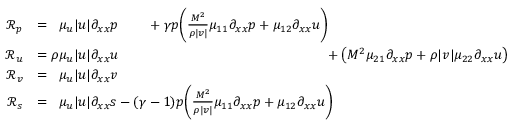
\begin{array} { r l } { \mathcal { R } _ { p } } & { = \phantom { \rho } \mu _ { u } | u | \partial _ { x x } p \phantom { ( - 1 ) } + \gamma p \bigg ( \frac { M ^ { \- 2 } } { \rho | v | } \mu _ { 1 1 } \partial _ { x x } p + \mu _ { 1 2 } \partial _ { x x } u \bigg ) \phantom { + \big ( M ^ { \- 2 } \mu _ { 2 1 } \partial _ { x x } p + \rho | v | \mu _ { 2 2 } \partial _ { x x } u \big ) } } \\ { \mathcal { R } _ { u } } & { = \rho \mu _ { u } | u | \partial _ { x x } u \phantom { + ( \gamma - 1 ) p \big ( \frac { M ^ { \- 2 } } { \rho | v | } \mu _ { 1 1 } \partial _ { x x } p + \mu _ { 1 2 } \partial _ { x x } u \big ) } + \big ( M ^ { \- 2 } \mu _ { 2 1 } \partial _ { x x } p + \rho | v | \mu _ { 2 2 } \partial _ { x x } u \big ) } \\ { \mathcal { R } _ { v } } & { = \phantom { \rho } \mu _ { u } | u | \partial _ { x x } v } \\ { \mathcal { R } _ { s } } & { = \phantom { \rho } \mu _ { u } | u | \partial _ { x x } s - ( \gamma - 1 ) p \bigg ( \frac { M ^ { \- 2 } } { \rho | v | } \mu _ { 1 1 } \partial _ { x x } p + \mu _ { 1 2 } \partial _ { x x } u \bigg ) } \end{array}